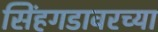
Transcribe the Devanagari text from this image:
सिंहगडावरच्या